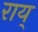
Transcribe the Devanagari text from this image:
राय्